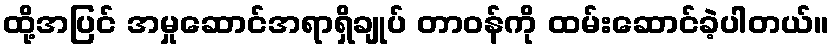
ထို့အပြင် အမှုဆောင်အရာရှိချုပ် တာဝန်ကို ထမ်းဆောင်ခဲ့ပါတယ်။